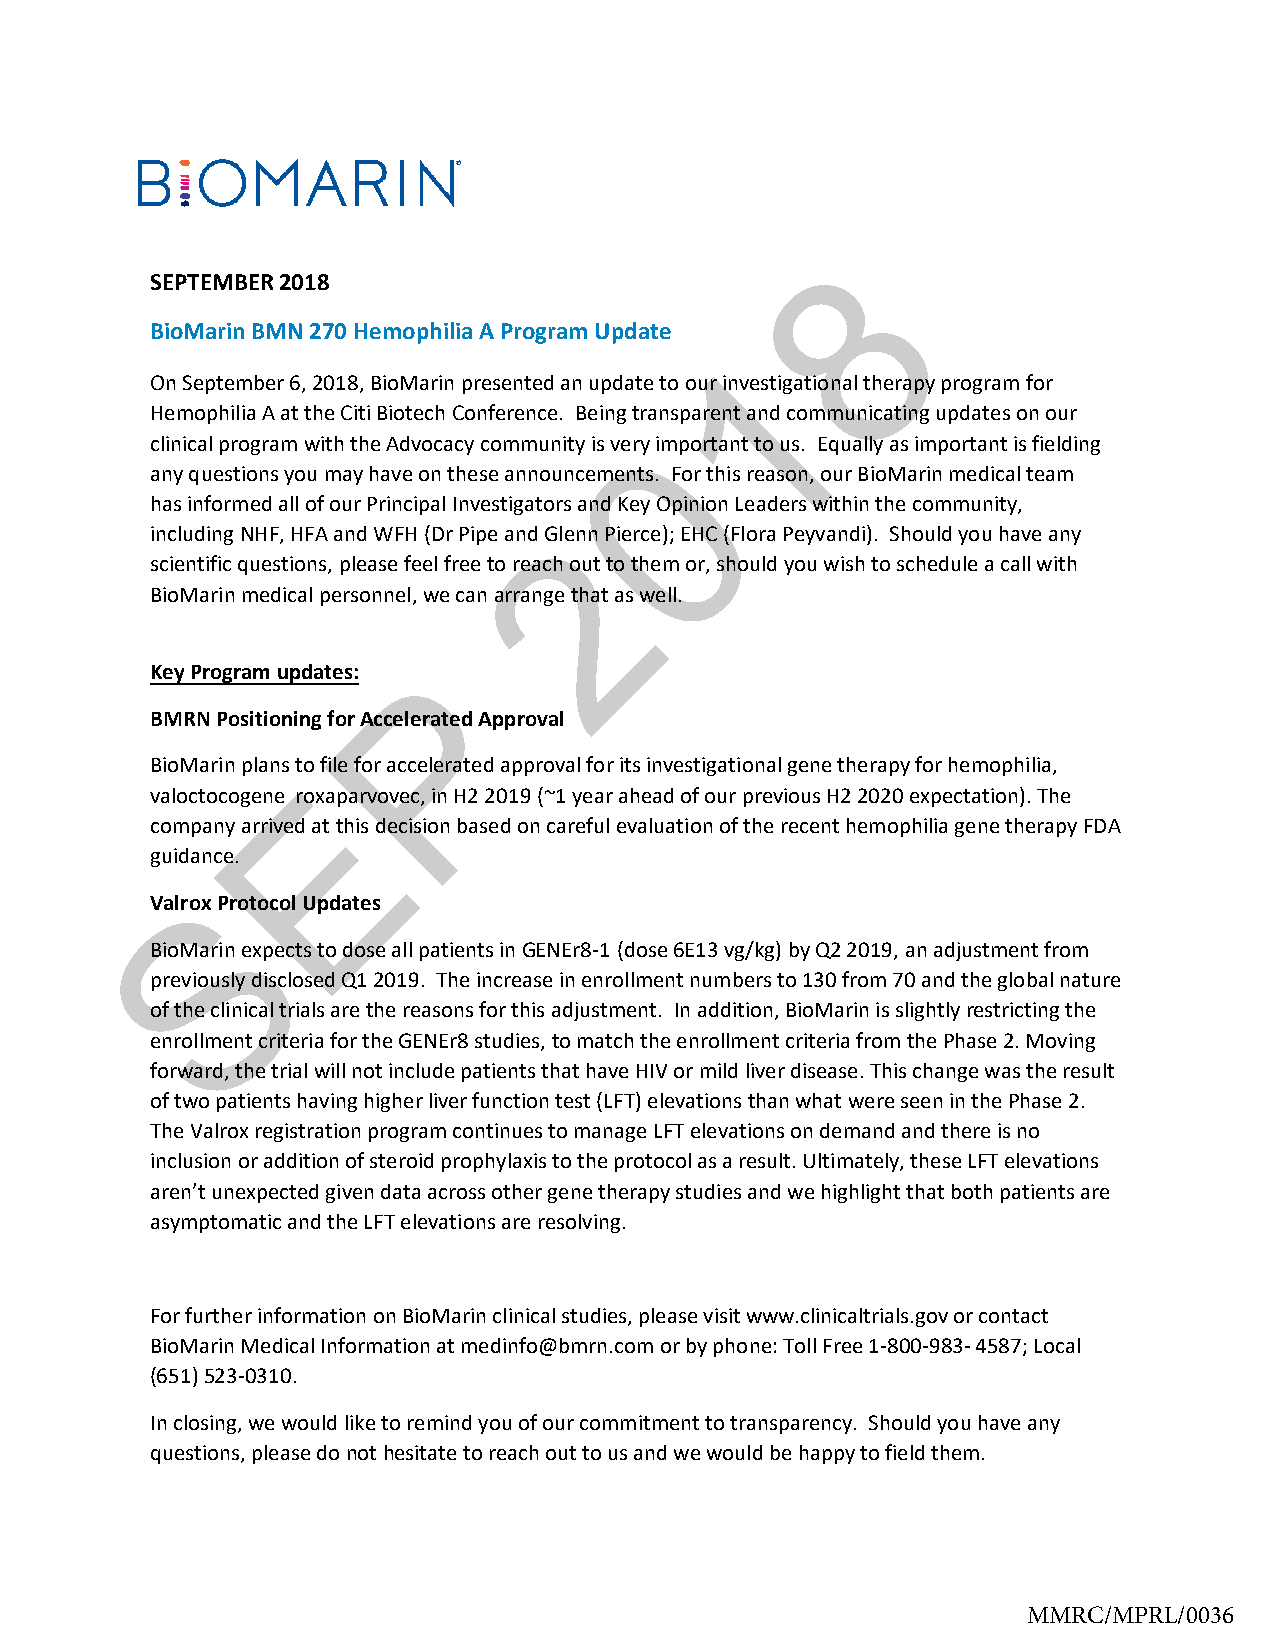
8
 SEPTEMBER 2018
 BioMarin BMN 270 Hemophilia A Program Update
 1
 On September 6, 2018, BioMarin presented an update to our investigational therapy program for
 Hemophilia A at the Citi Biotech Conference. Being transparent and communicating updates on our
 0
 clinical program with the Advocacy community is very important to us. Equally as important is fielding
 any questions you may have on these announcements. For this reason, our BioMarin medical team
 has informed all of our Principal Investigators and Key Opinion Leaders within the community,
 including NHF, HFA and WFH (Dr Pipe and G2lenn Pierce); EHC (Flora Peyvandi). Should you have any
 scientific questions, please feel free to reach out to them or, should you wish to schedule a call with
 BioMarin medical personnel, we can arrange that as well.
 Key Program updates:
 P
 BMRN Positioning for Accelerated Approval
 BioMarin plans to file for accelerated approval for its investigational gene therapy for hemophilia,
 valoctocogene roxEaparvovec, in H2 2019 (~1 year ahead of our previous H2 2020 expectation). The
 company arrived at this decision based on careful evaluation of the recent hemophilia gene therapy FDA
 guidance.
 ValroxS Protocol Updates
 BioMarin expects to dose all patients in GENEr8-1 (dose 6E13 vg/kg) by Q2 2019, an adjustment from
 previously disclosed Q1 2019. The increase in enrollment numbers to 130 from 70 and the global nature
 of the clinical trials are the reasons for this adjustment. In addition, BioMarin is slightly restricting the
 enrollment criteria for the GENEr8 studies, to match the enrollment criteria from the Phase 2. Moving
 forward, the trial will not include patients that have HIV or mild liver disease. This change was the result
 of two patients having higher liver function test (LFT) elevations than what were seen in the Phase 2.
 The Valrox registration program continues to manage LFT elevations on demand and there is no
 inclusion or addition of steroid prophylaxis to the protocol as a result. Ultimately, these LFT elevations
 aren’t unexpected given data across other gene therapy studies and we highlight that both patients are
 asymptomatic and the LFT elevations are resolving.
 For further information on BioMarin clinical studies, please visit www.clinicaltrials.gov or contact
 BioMarin Medical Information at medinfo@bmrn.com or by phone: Toll Free 1-800-983- 4587; Local
 (651)523-0310.
 In closing, we would like to remind you of our commitment to transparency. Should you have any
 questions, please do not hesitate to reach out to us and we would be happy to field them.
 MMRC/MPRL/0036